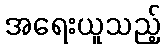
အရေးယူသည့်